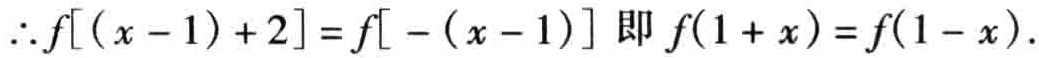
\(\therefore f[(x - 1)+2]=f[-(x - 1)]\) 即 \(f(1 + x)=f(1 - x)\).